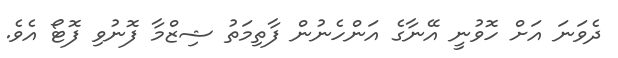
ދެވަނަ އަށް ހޮވުނީ އޭނާގެ އަންހެނުން ފާތިމަތު ޝިޒްމާ ފޮނުވި ފޮޓޯ އެވެ.